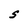
Character: S